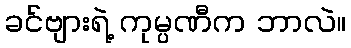
ခင်ဗျားရဲ့ ကုမ္ပဏီက ဘာလဲ။